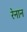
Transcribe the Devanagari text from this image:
रेनान